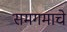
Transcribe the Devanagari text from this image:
समगमाचे